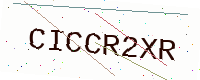
Text: CICCR2XR